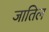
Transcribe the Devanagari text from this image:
जातिल